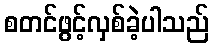
စတင်ဖွင့်လှစ်ခဲ့ပါသည်